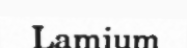
Lamium